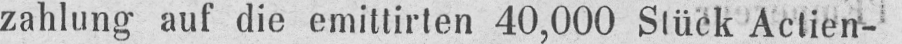
zahlung auf die emittirten 40,000 Stück Actien-